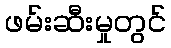
ဖမ်းဆီးမှုတွင်